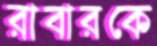
রাবারকে